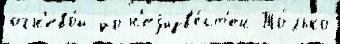
огн'ево́й до н'еjизв'е́ст'ен То́лько